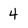
Character: 4